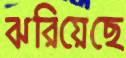
ঝরিয়েছে